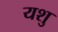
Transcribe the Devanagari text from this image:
यशु